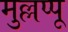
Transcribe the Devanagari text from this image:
मुल्लप्पू